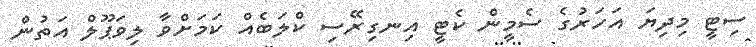
ސިޓީ މިދިޔަ އަހަރުގެ ސެމީން ކެޓީ އިނގިރޭސި ކްލަބެއް ކަމަށްވާ ލިވަޕޫލް އަތުން